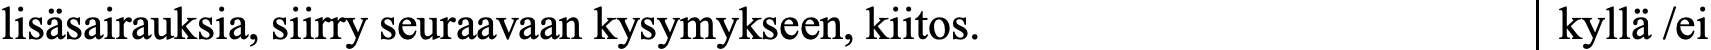
lisäsairauksia, siirry seuraavaan kysymykseen, kiitos. kyllä /ei